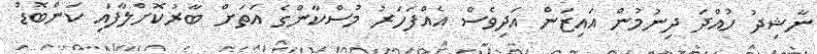
ނާޝިދު ހުއްދަ ދިނުމުން އައިޒަން އަދިވެސް އެއްފަހަރު މުސްކާންގެ އަތަށް ބާރުކޮށްލާފައި ކަންބޮޑު